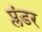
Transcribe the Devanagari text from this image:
प्लंडर